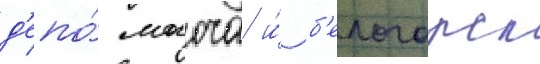
д'епо́ могоча и́ б'елогорск